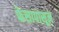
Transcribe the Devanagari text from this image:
फेसापासून